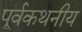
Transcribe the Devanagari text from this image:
पूर्वकथनीय